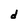
Character: d